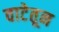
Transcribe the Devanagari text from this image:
वाटेतून